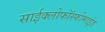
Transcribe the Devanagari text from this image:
साईक्लोफॉस्फोमाईड